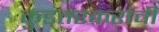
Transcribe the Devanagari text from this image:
कुडतरकरांची